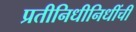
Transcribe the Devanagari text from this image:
प्रतीनिधीनिधींची